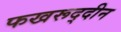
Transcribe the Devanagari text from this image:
फखरूद्दीन